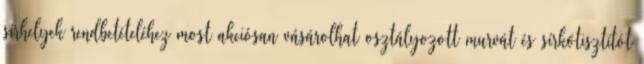
sírhelyek rendbetételéhez most akciósan vásárolhat osztályozott murvát és sírkőtisztítót